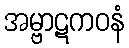
အမ္ဗာဋကဝနံ